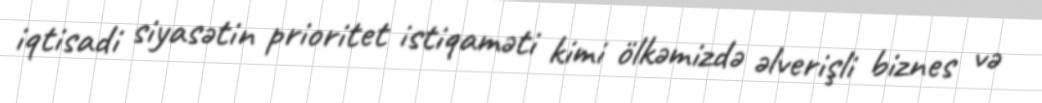
iqtisadi siyasətin prioritet istiqaməti kimi ölkəmizdə əlverişli biznes və